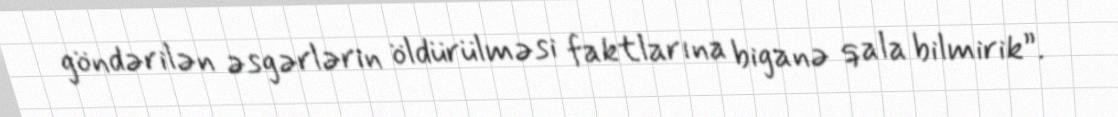
göndərilən əsgərlərin öldürülməsi faktlarına biganə qala bilmirik”.